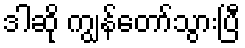
ဒါဆို ကျွန်တော်သွားပြီ